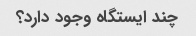
چند ایستگاه وجود دارد؟